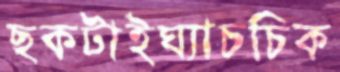
ছকটাইঘ্যাচচিক